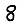
Digit: 8